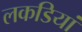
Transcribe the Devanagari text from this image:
लकडियां